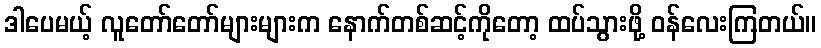
ဒါပေမယ့် လူတော်တော်များများက နောက်တစ်ဆင့်ကိုတော့ ထပ်သွားဖို့ ဝန်လေးကြတယ်။